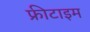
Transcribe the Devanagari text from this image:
फ्रीटाइम